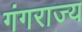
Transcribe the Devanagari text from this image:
गंगराज्य